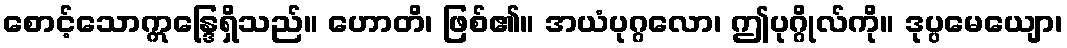
စောင့်သောဣန္ဒြေရှိသည်။ ဟောတိ၊ ဖြစ်၏။ အယံပုဂ္ဂလော၊ ဤပုဂ္ဂိုလ်ကို။ ဒုပ္ပမေယျော၊